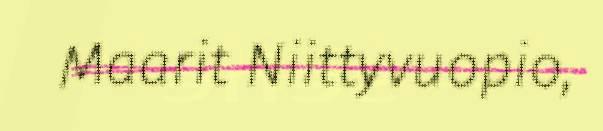
Maarit Niittyvuopio,